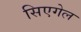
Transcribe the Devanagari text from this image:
सिएगेल